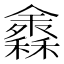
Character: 𥣠